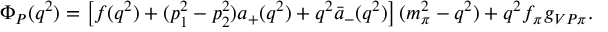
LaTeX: \Phi _ { P } ( q ^ { 2 } ) = \left[ f ( q ^ { 2 } ) + ( p _ { 1 } ^ { 2 } - p _ { 2 } ^ { 2 } ) a _ { + } ( q ^ { 2 } ) + q ^ { 2 } \bar { a } _ { - } ( q ^ { 2 } ) \right] ( m _ { \pi } ^ { 2 } - q ^ { 2 } ) + q ^ { 2 } f _ { \pi } g _ { V P \pi } . \nonumber